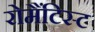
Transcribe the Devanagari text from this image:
रोमैंटिस्ट